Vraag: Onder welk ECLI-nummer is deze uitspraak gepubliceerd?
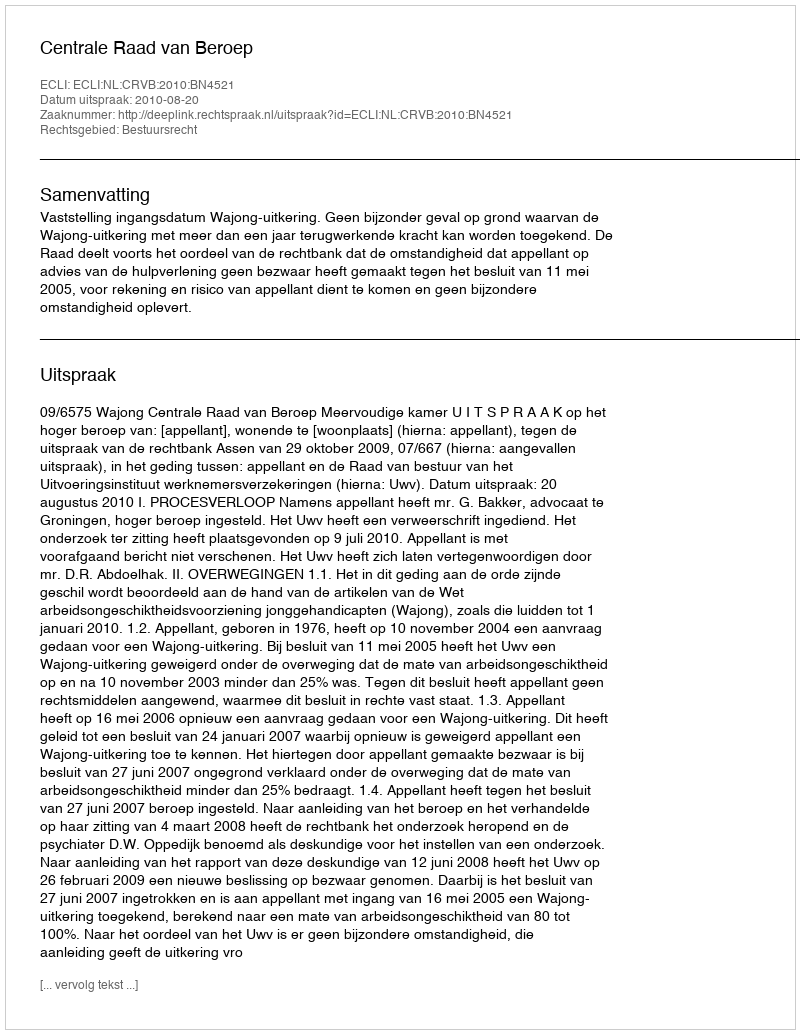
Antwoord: ECLI:NL:CRVB:2010:BN4521